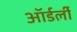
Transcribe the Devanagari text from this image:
ऑर्डर्ली